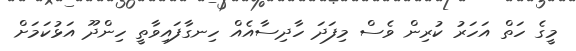
މީގެ ހަތް އަހަރު ކުރިން ވެސް މިފަދަ ހާދިސާއެއް ހިނގާފައިވާތީ ހިންދޫ އަޅުކަމަށް